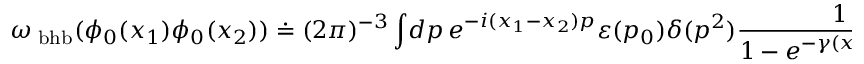
\omega _ { \mathrm { \tiny ~ b h b } } ( \phi _ { 0 } ( x _ { 1 } ) \phi _ { 0 } ( x _ { 2 } ) ) \doteq ( 2 \pi ) ^ { - 3 } \int \! d p \, e ^ { - i ( x _ { 1 } - x _ { 2 } ) p } \varepsilon ( p _ { 0 } ) \delta ( p ^ { 2 } ) \frac { 1 } { 1 - e ^ { - \gamma ( x _ { 1 } + x _ { 2 } ) p } } .